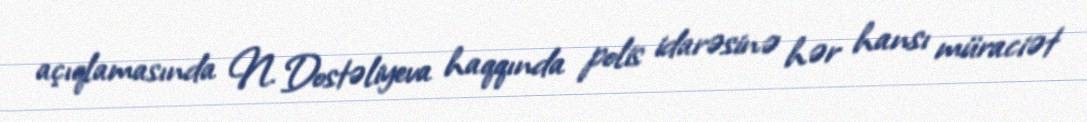
açıqlamasında N. Dostəliyeva haqqında polis idarəsinə hər hansı müraciət